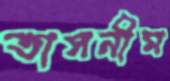
তাসনীম